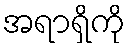
အရာရှိကို